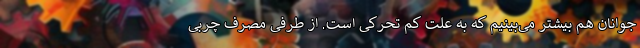
جوانان هم بیشتر می‌بینیم که به علت کم تحرکی است. از طرفی مصرف چربی